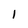
Character: 1